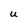
Character: U